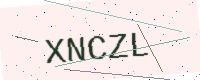
Text: XNCZL